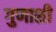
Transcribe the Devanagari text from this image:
गुणाशी